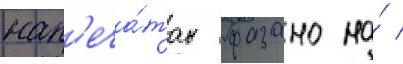
нап'еча́тан фазано на́ /